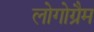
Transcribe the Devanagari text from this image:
लोगोग्रैम